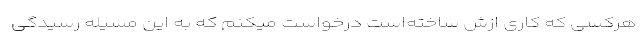
هرکسی که کاری ازش ساخته‌است درخواست میکنم که به این مسئله رسیدگی